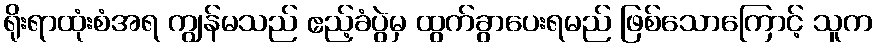
ရိုးရာထုံးစံအရ ကျွန်မသည် ဧည့်ခံပွဲမှ ထွက်ခွာပေးရမည် ဖြစ်သောကြောင့် သူက